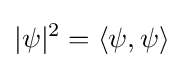
\vert \psi \vert ^{2}=\langle \psi ,\psi \rangle